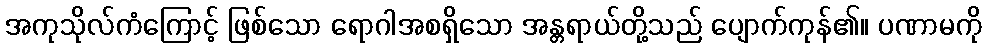
အကုသိုလ်ကံကြောင့် ဖြစ်သော ရောဂါအစရှိသော အန္တရာယ်တို့သည် ပျောက်ကုန်၏။ ပဏာမကို